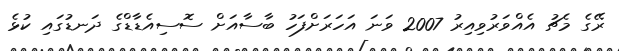
ރޭގެ މެޗު އެއްވަރުވިއިރު 2007 ވަނަ އަހަރަށްފަހު ބާސާއަށް ސޮސިއެޑާޑްގެ ދަނޑުގައި ކުޅެ